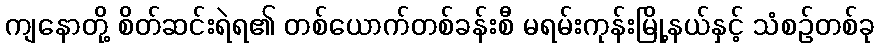
ကျနောတို့ စိတ်ဆင်းရဲရ၏ တစ်ယောက်တစ်ခန်းစီ မရမ်းကုန်းမြို့နယ်နှင့် သံစဉ်တစ်ခု